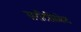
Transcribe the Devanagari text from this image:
सरटिफ़िकेट